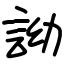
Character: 詏